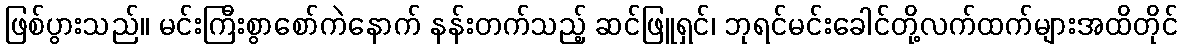
ဖြစ်ပွားသည်။ မင်းကြီးစွာစော်ကဲနောက် နန်းတက်သည့် ဆင်ဖြူရှင်၊ ဘုရင်မင်းခေါင်တို့လက်ထက်များအထိတိုင်